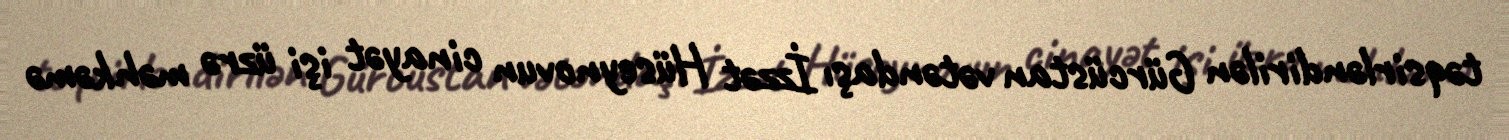
təqsirləndirilən Gürcüstan vətəndaşı İzzət Hüseynovun cinayət işi üzrə məhkəmə